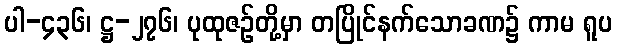
ပါ-၄၃၆၊ ဋ္ဌ-၂၇၆၊ ပုထုဇဉ်တို့မှာ တပြိုင်နက်သောခဏ၌ ကာမ ရူပ